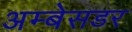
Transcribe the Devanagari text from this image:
अम्बेसडर